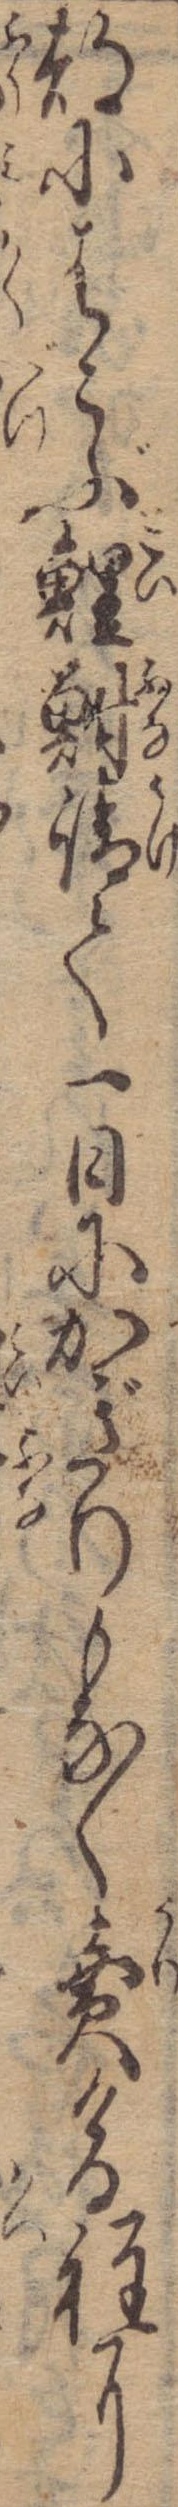
都にはこぶ鯉鮒請て一日にかぎりもなく売ける程に